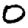
Digit: 0